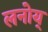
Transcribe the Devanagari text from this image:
लनोय्